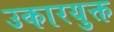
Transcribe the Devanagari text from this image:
उकारयुक्त